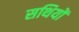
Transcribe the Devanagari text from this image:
सथियों